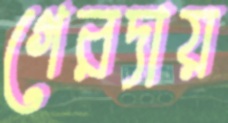
গেরদায়